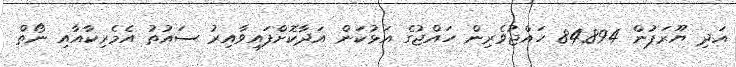
އަދި ޔޫރަޕުން 84